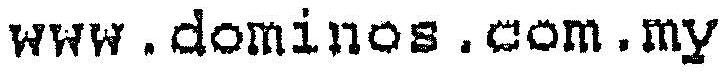
WWW.DOMINOS.COM.MY